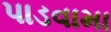
પાડવામા